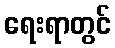
ရေးရာတွင်